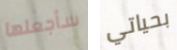
سأجعلها بحياتي